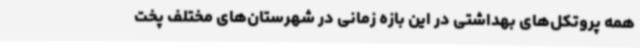
همه پروتکل‌های بهداشتی در این بازه زمانی در شهرستان‌های مختلف پخت